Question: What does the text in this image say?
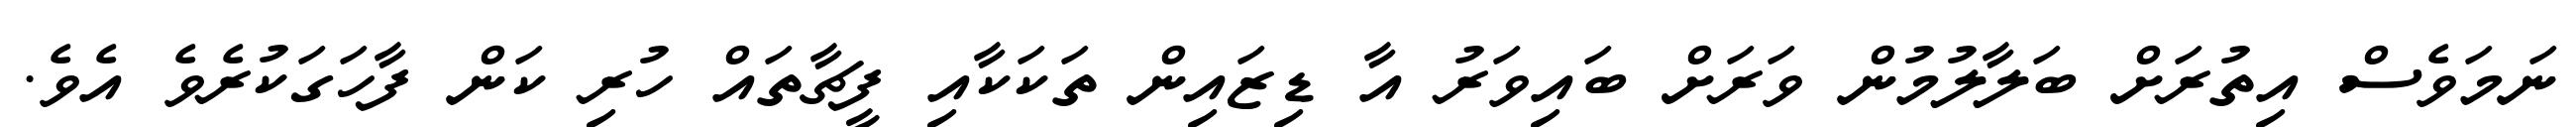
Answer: ނަމަވެސް އިތުރަށް ބަލާލުމުން ވަރަށް ބައިވަރު އާ ޑިޒައިން ތަކަކާއި ފީޗާތައް ހުރި ކަން ފާހަގަކުރެވެ އެވެ.